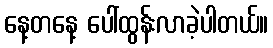
နေ့တနေ့ ပေါ်ထွန်းလာခဲ့ပါတယ်။